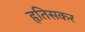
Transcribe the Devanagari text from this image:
हृतिसकर